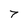
Character: 7